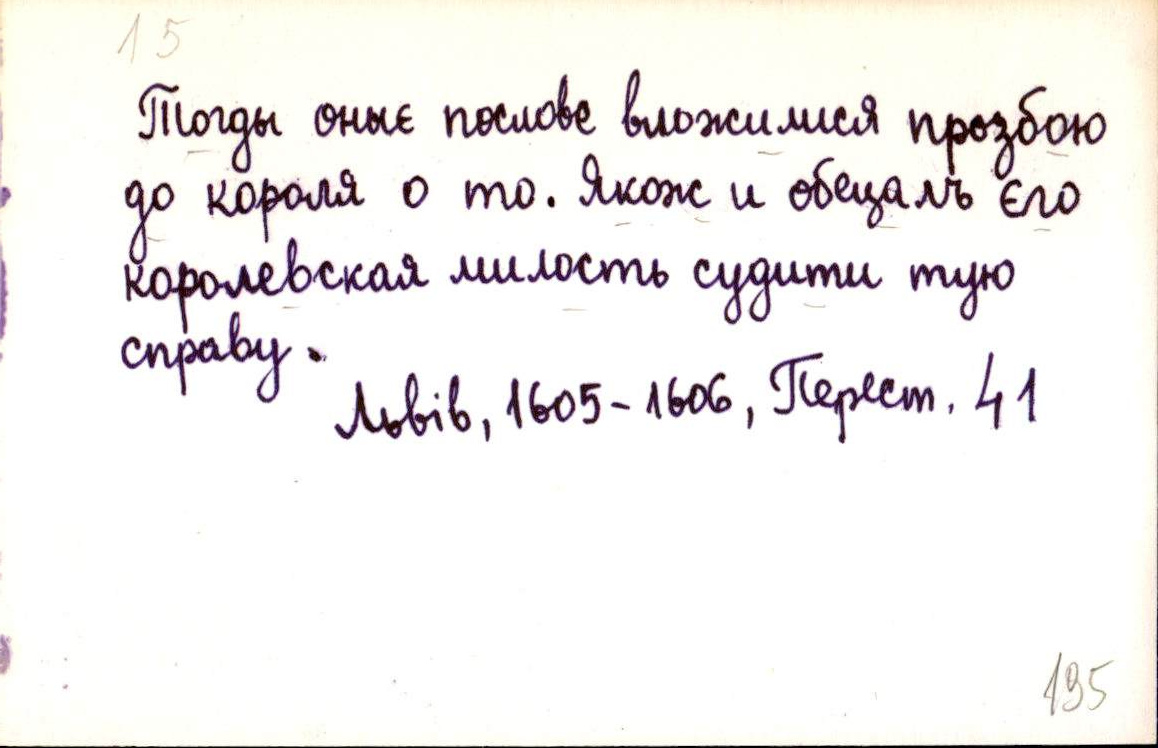
Тогды оныє послове вложилися прозбою
до короля о то. Якож и обецалъ єго
королевская милость судити тую
справу.
Львів, 1605-1606, Перест. 41